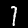
Label: 1